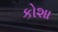
કોશા